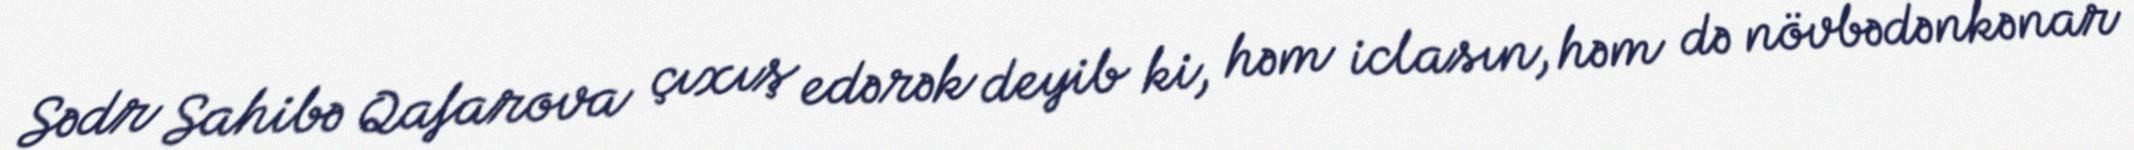
Sədr Sahibə Qafarova çıxış edərək deyib ki, həm iclasın, həm də növbədənkənar